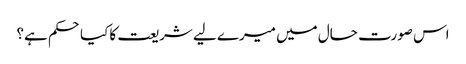
اس صورت حال میں میرے لیے شریعت کا کیاحکم ہے؟